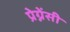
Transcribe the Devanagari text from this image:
प्रेग्नेंसी